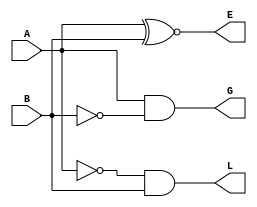
//1 bit comparator

module comp_1bit( G, L, E, A, B );
  output G,L,E;
  input A,B;
  
  assign E=A~^B; // a XNOR b, a equals b
  assign G=A&~B; // a > b
  assign L=~A&B; // a < b
  
endmodule